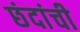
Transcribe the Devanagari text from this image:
छंदांची